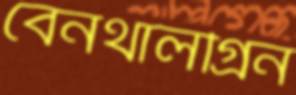
বেনথালগ্রিন